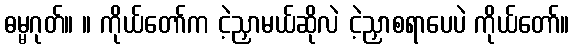
ဓမ္မဂုတ်။ ။ ကိုယ်တော်က ငဲ့ညှာမယ်ဆိုလဲ ငဲ့ညှာစရာပေပဲ ကိုယ်တော်။